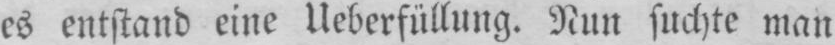
es entstand eine Ueberfüllung. Nun suchte man